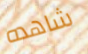
شاهده